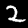
Digit: 2